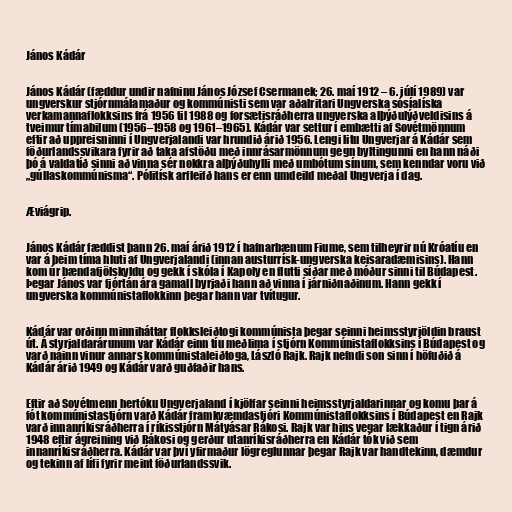
János Kádár

János Kádár (fæddur undir nafninu János József Csermanek; 26. maí 1912 – 6. júlí 1989) var
ungverskur stjórnmálamaður og kommúnisti sem var aðalritari Ungverska sósíalíska
verkamannaflokksins frá 1956 til 1988 og forsætisráðherra ungverska alþýðulýðveldisins á
tveimur tímabilum (1956–1958 og 1961–1965). Kádár var settur í embætti af Sovétmönnum
eftir að uppreisninni í Ungverjalandi var hrundið árið 1956. Lengi litu Ungverjar á Kádár sem
föðurlandssvikara fyrir að taka afstöðu með innrásarmönnum gegn byltingunni en hann náði
þó á valdatíð sinni að vinna sér nokkra alþýðuhylli með umbótum sínum, sem kenndar voru við
„gúllaskommúnisma“. Pólitísk arfleifð hans er enn umdeild meðal Ungverja í dag.

Æviágrip.

János Kádár fæddist þann 26. maí árið 1912 í hafnarbænum Fiume, sem tilheyrir nú Króatíu en
var á þeim tíma hluti af Ungverjalandi (innan austurrísk-ungverska keisaradæmisins). Hann
kom úr bændafjölskyldu og gekk í skóla í Kapoly en flutti síðar með móður sinni til Búdapest.
Þegar János var fjórtán ára gamall byrjaði hann að vinna í járniðnaðinum. Hann gekk í
ungverska kommúnistaflokkinn þegar hann var tvítugur.

Kádár var orðinn minniháttar flokksleiðtogi kommúnista þegar seinni heimsstyrjöldin braust
út. Á styrjaldarárunum var Kádár einn tíu meðlima í stjórn Kommúnistaflokksins í Búdapest og
varð náinn vinur annars kommúnistaleiðtoga, László Rajk. Rajk nefndi son sinn í höfuðið á
Kádár árið 1949 og Kádár varð guðfaðir hans.

Eftir að Sovétmenn hertóku Ungverjaland í kjölfar seinni heimsstyrjaldarinnar og komu þar á
fót kommúnistastjórn varð Kádár framkvæmdastjóri Kommúnistaflokksins í Búdapest en Rajk
varð innanríkisráðherra í ríkisstjórn Mátyásar Rákosi. Rajk var hins vegar lækkaður í tign árið
1948 eftir ágreining við Rákosi og gerður utanríkisráðherra en Kádár tók við sem
innanríkisráðherra. Kádár var því yfirmaður lögreglunnar þegar Rajk var handtekinn, dæmdur
og tekinn af lífi fyrir meint föðurlandssvik.